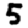
Digit: 5